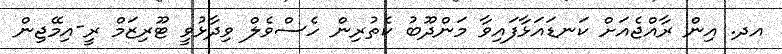
އދ. އިން ރާއްޖެއަށް ކަނޑައަޅާފައިވާ މަންދޫބު ކެތުރިން ހެސްވެލް ވިދާޅުވީ ޓޫރިޒަމް ރީ-އިމޭޖިން